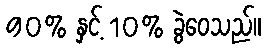
90% နှင့် 10% ခွဲဝေသည်။